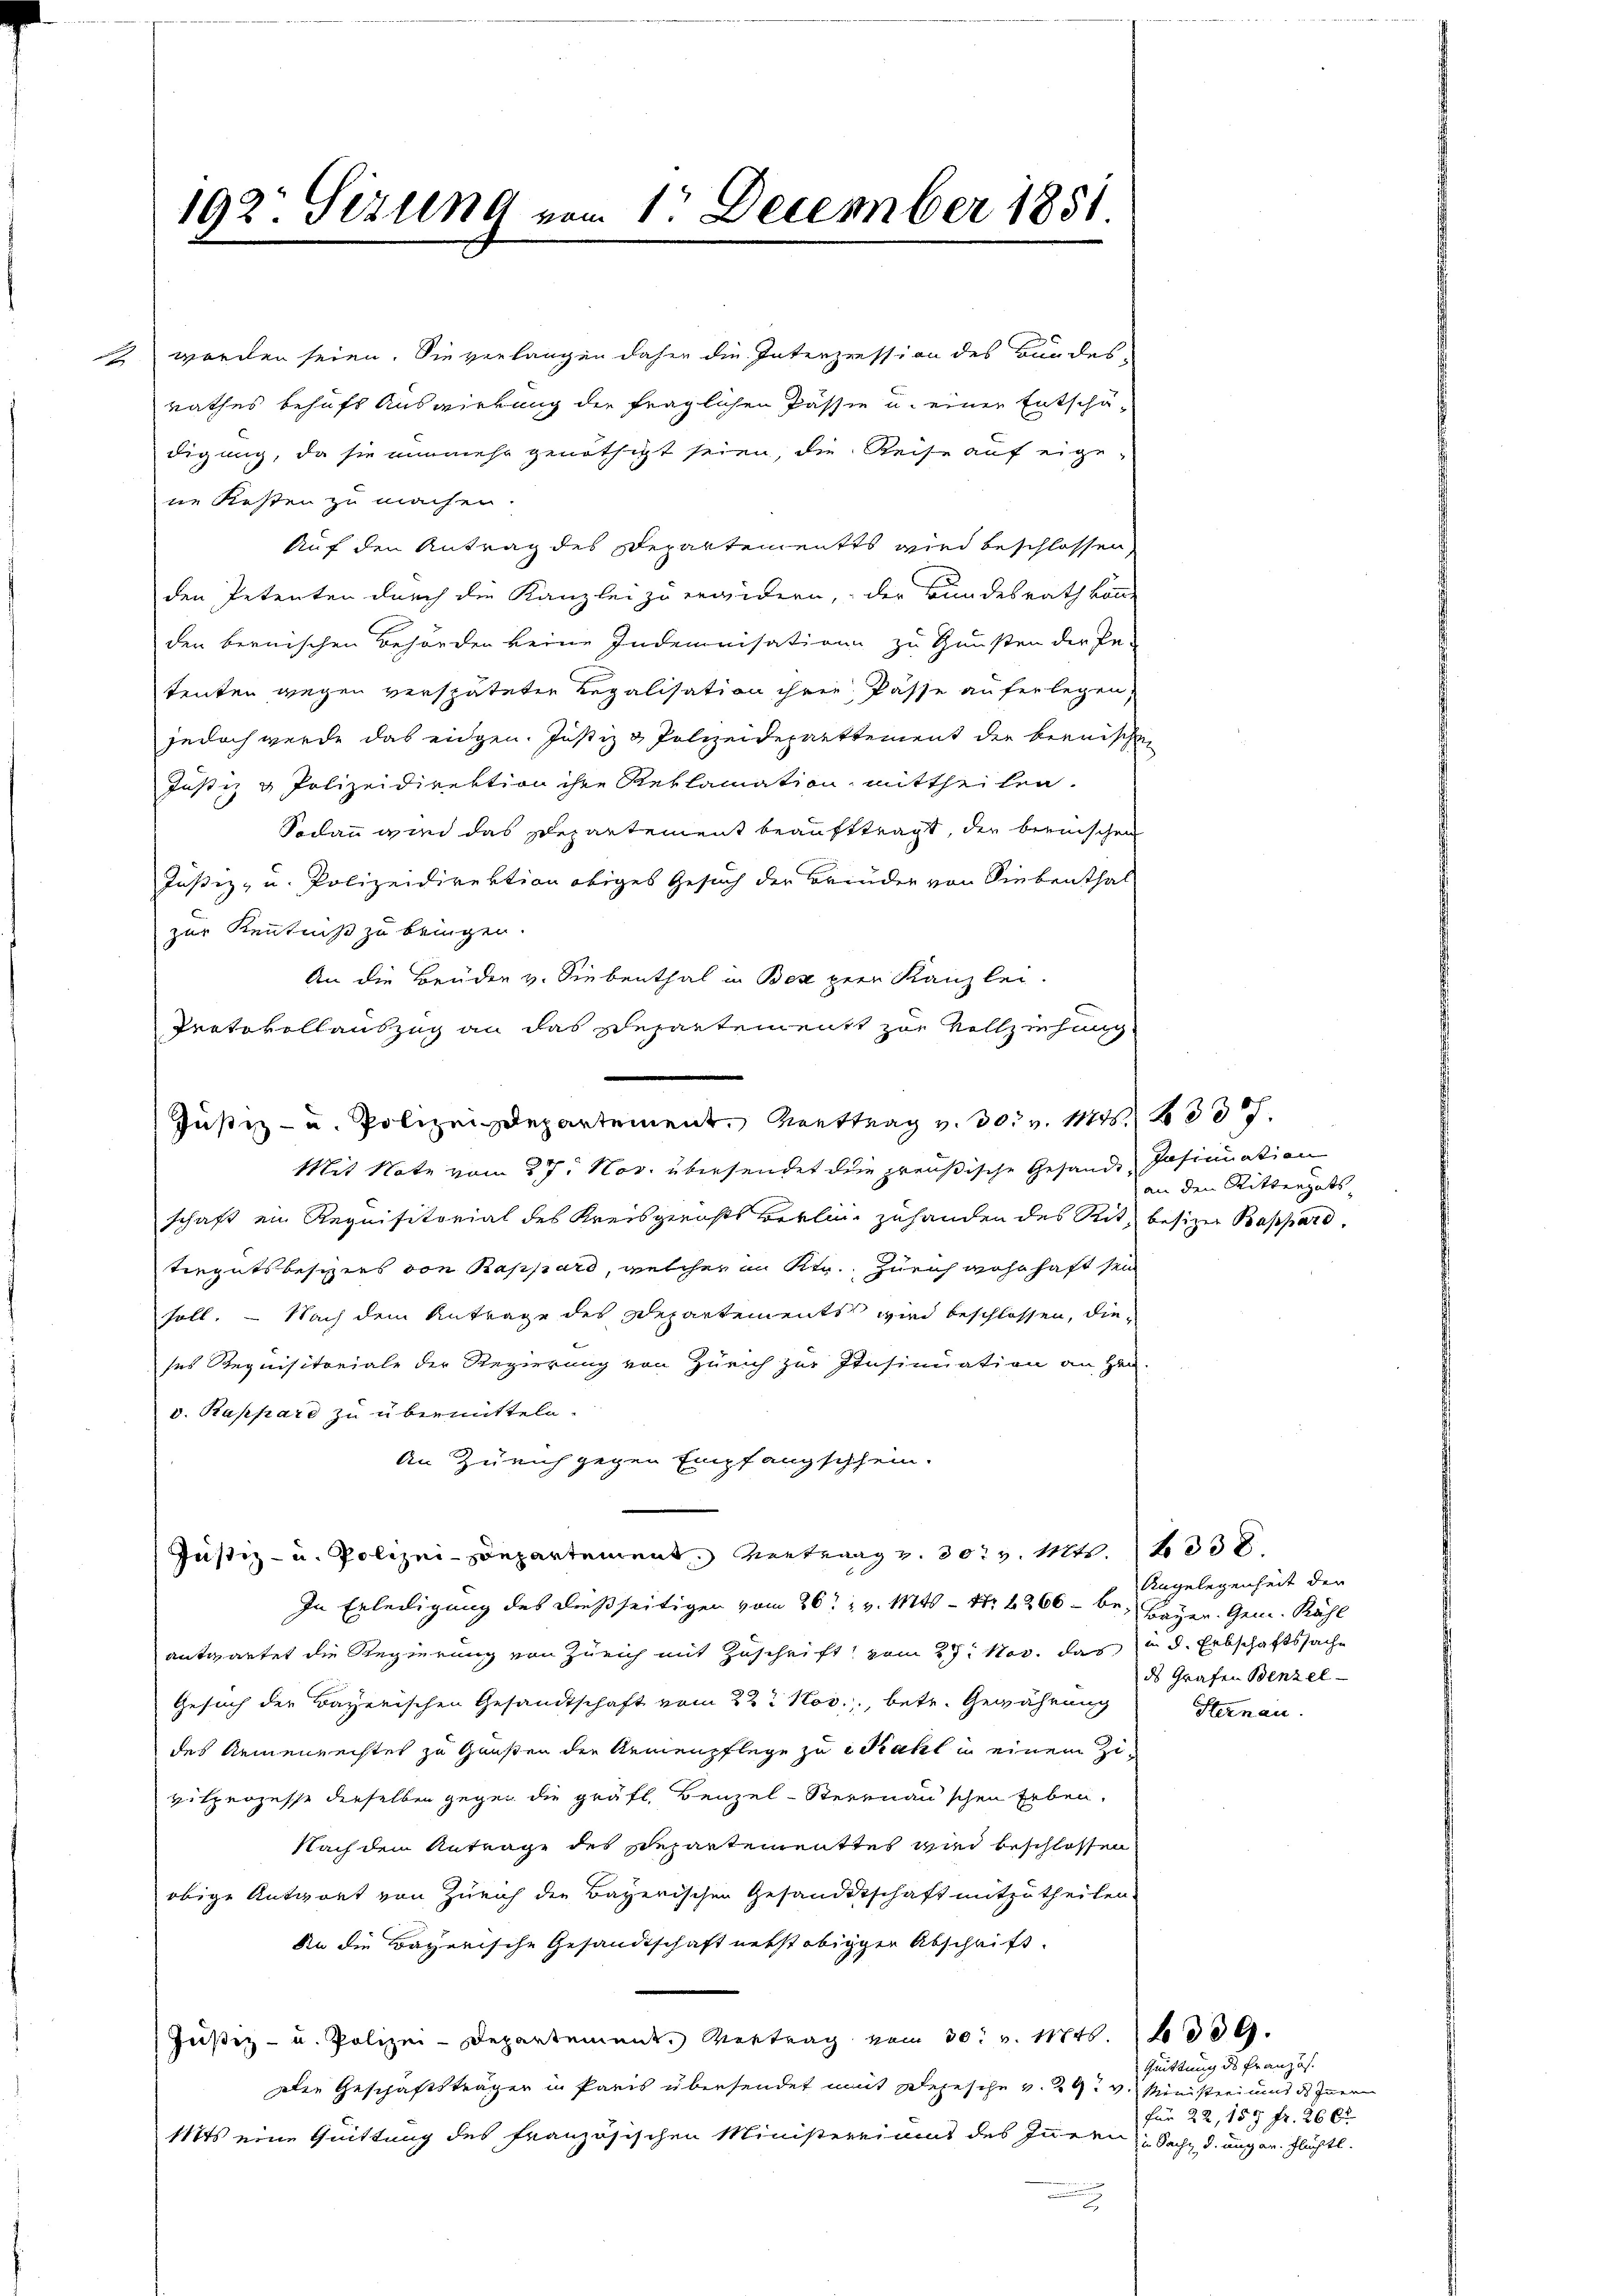
192. Sizung vom 1. December 1851.

ne Kosten zu machen.
Auf den Antrag des Departementes wird beschlossen,
den Petenten durch die Kanzlei zu erwidern, der Bundesrath von
den bernischen Behörden keine Indemnisation zu Gunsten der Pa-
tenten wegen verspäteten Regalisation ihrer Pässe auferlegen,
jedoch werde das eidgen. Justiz & Polizeideparttement der brenischen
Justiz & Polizeidirektion ihre Reklamation mittheilen
Sodann wird das Departement beauftragt, der bernischen
Justiz- u. Polizeidirektion obiges Gesuch der Brinder von Siebenthal
zur Kenntniß zu bringen.
An die Brüder v. Siebenthal in Bez per Kanzlei.
Protokollauszug an das Repartement zur Vollziehung
Mit Note vom 27. Nov. übersendet die preußische Gesande, Insinuation
schaft ein Requisitorial des Kreisgerichts Berline zuhanden des Rit. besizer Bappard.
tergutsbesizers von Rappard, welcher in Str. Zürich wohnhaft sein
soll. — Nach dem Antrage des Departements wird beschlossen, dieses Requisitoriale der Regierung von Zürich zur Insinuation an Hrn.
v. Rappard zu übermitteln.
An Zürich gegen Empfangschein.
Justiz- u. Polizei-Conpartement, Vertrag v. 30t v. Mts. 338
In Erledigung des dießseitigen vom 26t v. Mts. – Nr 1266 – bei Bayer. Gem. Kähl
antwartet die Regierung von Zürich mit Zuschrift vom 27. Nov. das in d. Erbschaftssache
Gesuch der Bayerischen Gesandtschaft vom 22. Nov., betr. Gewährung
des Armenrechtes zu Hausen der Armenpflege zu zahl in einem Zivilprozesse derselben gegen die gräfl. Benzel-Sternau’schen Erben.
Nach dem Antrage des Departementtes wird beschlossen
obige Antwort von Zürich den Bayerischen Gesandtschaft mitzutheilen.
An die Bayerische Gesandtschaft necht obiger Abschrift.
Justiz- u. Polizei-Departement. Vertrag vom 30. v. Mts. 309.
Die Geschäftsträger in Paris übersendet mit Depesche v. 29. v. Ministeriums des Innern
Nits eine Quittung des französischen Ministereiamt des Innern Sache, d. ungar. Flüchtl.

2 worden seien. Sie verlangen daher die Interzression des Bandes-
rathes behufs Auswirkung der fraglichen Passie u. einer Entschä-
digung, da sie nunmehr genöthigt seien, die Reise auf eige-

Justiz- u. Polizeidepartement. Vortrag v. 30. v. 1111. 230.

an den Rittenguts

Angelegenheit der
ds Grafen Benzel
Sternau.

Quittung des Französ.
für 22, 157 fr. 266.